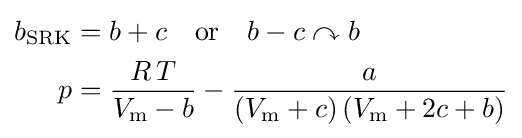
{\begin{aligned}b_{\text{SRK}}&=b+c\quad {\text{or}}\quad b-c\curvearrowright b\\p&={\frac {R\,T}{V_{\text{m}}-b}}-{\frac {a}{\left(V_{\text{m}}+c\right)\left(V_{\text{m}}+2c+b\right)}}\end{aligned}}